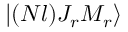
| ( N l ) J _ { r } M _ { r } \rangle